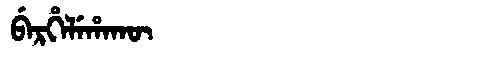
Manchu: ᠪᡝᡵᡥᡝᠯᡝᡥᠠᡴᡡ
Romanization: BERHELEHAKŪ